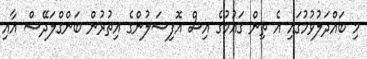
މި ބައްދަލުވުމުގައި އެ ތިން ގައުމުގެ އިސް އޮފިޝަލުންގެ އިތުރުން ބަންގްލަދޭޝް އާއި